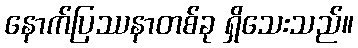
နောက်ပြဿနာတစ်ခု ရှိသေးသည်။